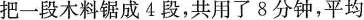
把一段木料锯成4段，共用了8分钟，平均